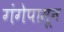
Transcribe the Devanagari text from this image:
गंगेपासून